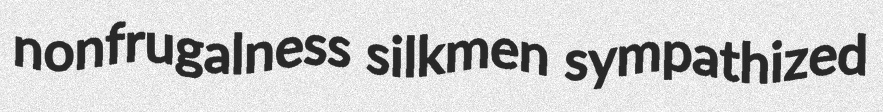
nonfrugalness silkmen sympathized